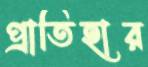
প্রাতিহার